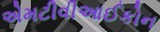
એમટીવીઆઈકોન